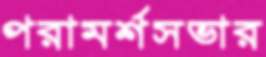
পরামর্শসভার